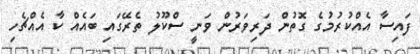
ފައިސާ އެއްކުރުމުގެ ގޮތުން ދަރިވަރުން ވަނީ ސްކޫލު ތެރޭގައި ބައެއް ކާ އެއްޗެހި